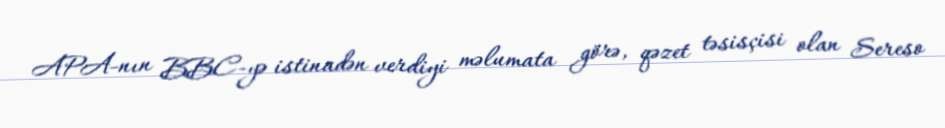
APA-nın BBC-yə istinadən verdiyi məlumata görə, qəzet təsisçisi olan Sereso